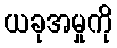
ယခုအမှုကို